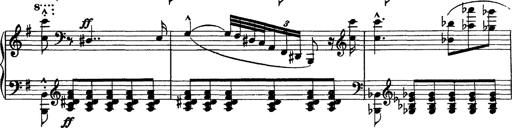
Title: Piano Sonata
Composer: Karl HÃ¤ssler
Key: C major